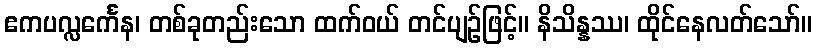
ဧကပလ္လင်္ကေန၊ တစ်ခုတည်းသော ထက်ဝယ် တင်ပျဉ်ဖြင့်။ နိသိန္နဿ၊ ထိုင်နေလတ်သော်။